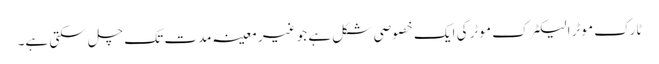
ٹارک موٹر الیکٹرک موٹر کی ایک خصوصی شکل ہے جو غیر معینہ مدت تک چل سکتی ہے۔